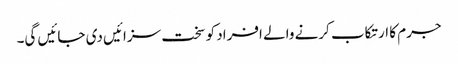
جرم کا ارتکاب کرنے والے افراد کو سخت سزائیں دی جائیں گی۔